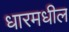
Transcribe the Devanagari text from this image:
धारमधील